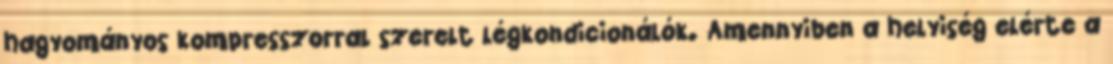
hagyományos kompresszorral szerelt légkondicionálók. Amennyiben a helyiség elérte a